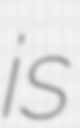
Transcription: is